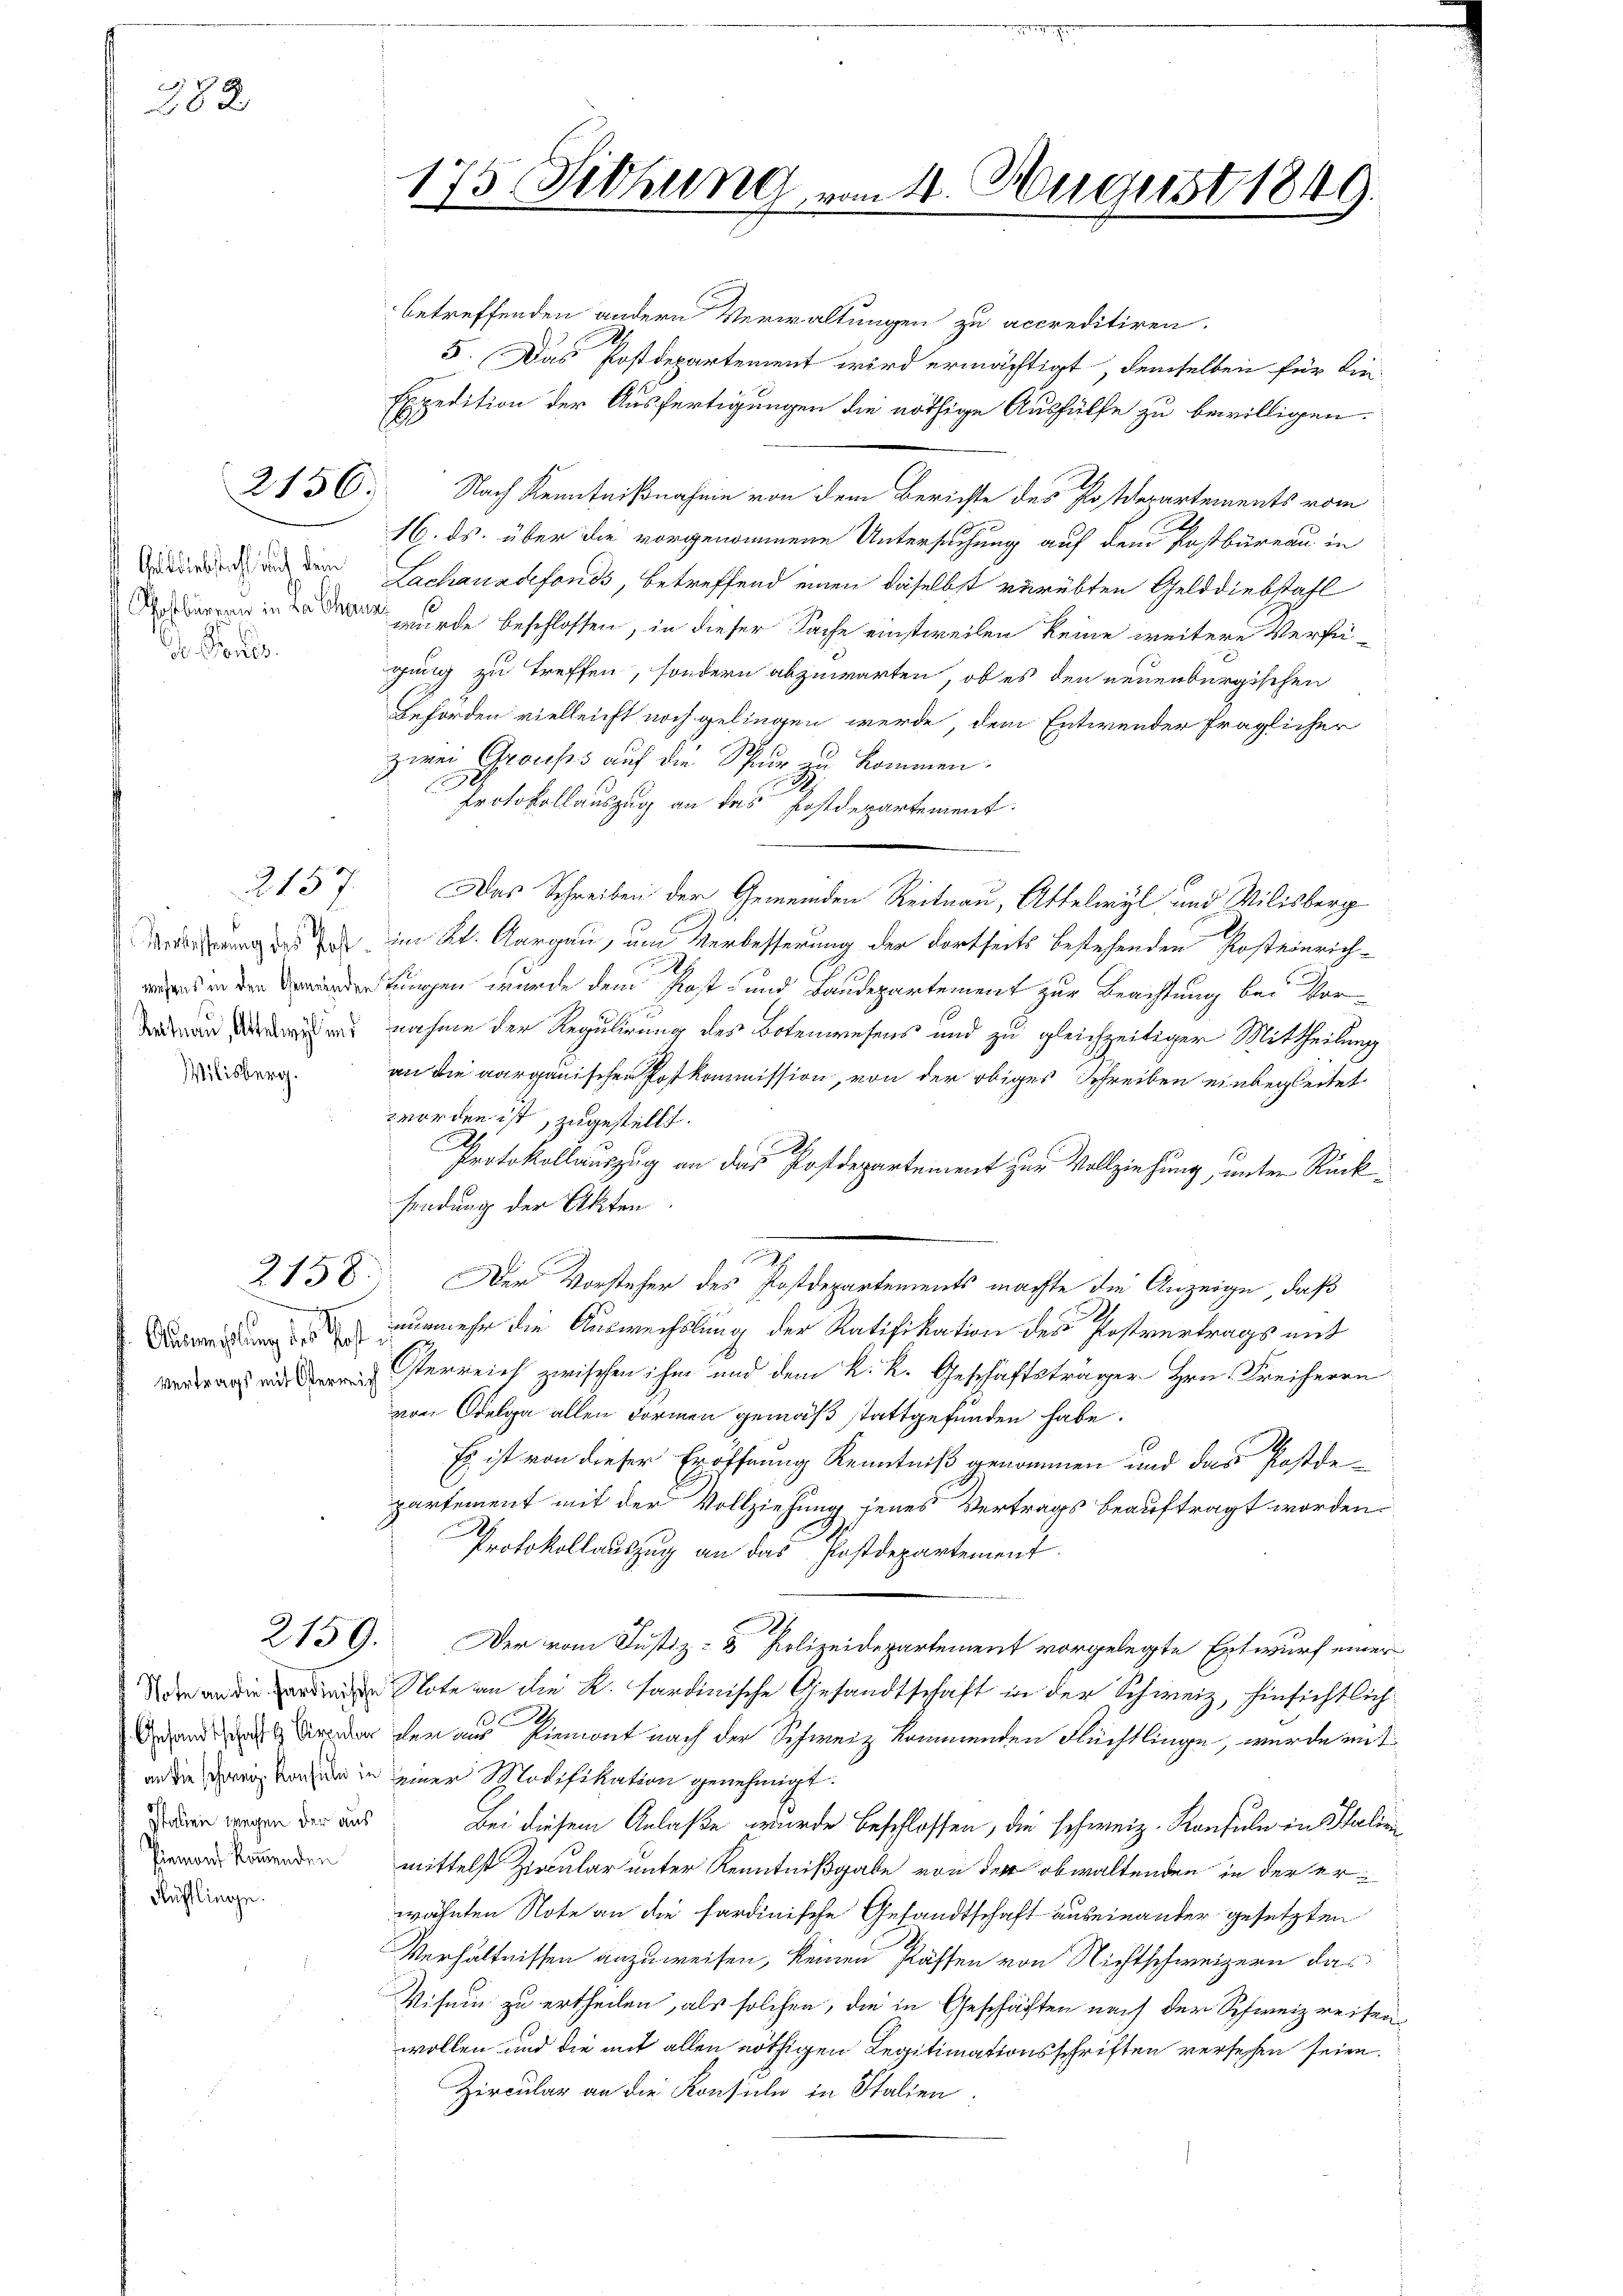
282.

Gebliebstahl auch dem
d. Pon

2156.

2157

Wilisberg.

2158.

Italien wegen der aus
Rüfflinge.

175. Jethung vom 4. August 1849.

ich

betreffenden andern Verwaltungen zu accreditiren.
5. Das Postdepartement wird ermächtigt, demselben für die¬
Expedition der Ausfertigungen die nöthige Aushülfe zu bewilligen.
Nach Kenntnißnahme von dem Berichte des Postdepartements vom
16. ds. über die vorgenommene Untersuchung auf dem Postbüreau in
Lachanadefonds, betreffend einen daselbst verübten Gelddiebstahl
  wurde beschlossen, in dieser Sache einstweilen keine weitere Verfü-
gung zu treffen, sondern abzuwarten, ob es den neuenburgischen
Beförden vielleicht noch gelingen werde, dem Entwender fraglicher
zwei Gruss auf die Schur zu kommen.
u
Protokollauszug an das Postdepartement.
Das Schreiben der Gemeinden Reitnau, Attelwyl, und Milisberg
rderung des de im Kt. Aargau, um Verbesserung der dortseits bestehenden Kosteinrichdetingen wurde dem Post- und Laudepartement zur Beachtung bei Vorsnahme der Regulirung des Botenwesens und zu gleichzeitiger Mittheilung
an die aargauischen Postkommission, von der obiges Schreiben einbegleitet
worden ist, zugestellt.
Protokollauszug an das Postdepartement zur Vollziehung, unter Rücksendung der Akten.
Der Vorsteher des Postdepartements machte die Anzeige, daß
unmehr die Auswechslung der Ratifikation des Postvertrags mit
 terreich zwischen ihm und dem k. k. Geschäftsträger Hrn. Freiherrn
von Oelga allen Formen gemäß stattgefunden habe.
Es ist von dieser Eröffnung Kenntniß genommen und das Postdepartement mit der Vollziehung jenes Vertrags beauftragt worden.
Protokollauszug an das Postdepartement.
2159. Der vom Justiz- & Polizeidepartement vorgelegte Entwurf einer
de an die einen Note an die K. Sardinische Gesandtschaft in der Schweiz, hinsichtlich
dner der aus Piemont nach der Schweiz kommenden Flüchtlinge, wurde mit
an die Schweiz konsul in einer Modifikation genehmigt.
Bei diesem Anlaße wurde beschlossen, die schweiz. Konsuln in Stalini
enden mittelst Ziecular unter Kenntnißgabe von der obwaltenden in der erwähnten Note an die sardinische Gesandtschaft auseinander gesetzten
Verhältnissen anzuweisen, keinen Kaffen von Nichtschweizern das
Visum zu ertheilen, als solchen, die in Geschäften nach der Schweiz reisenwollen und die mit allen nöthigen Legitimationsschriften versehen seien.
Zircular an die Konsuln in Italien